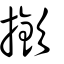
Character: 撳